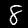
Digit: 8